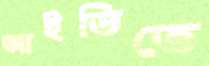
আইডিতে